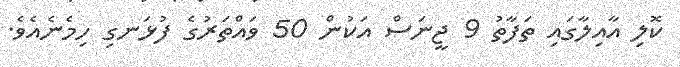
ކޮލި އާއިލާގައި ތަފާތު 9 ޖީނަސް އަކުން 50 ވައްތަރުގެ ފުޅަނގި ހިމެނެއެވެ.